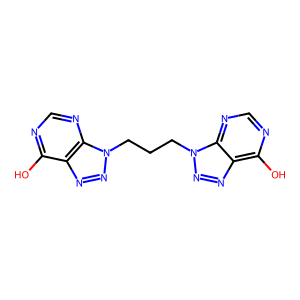
SMILES: Oc1ncnc2c1nnn2CCCn1nnc2c(O)ncnc21
Inhibits HIV replication: No